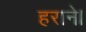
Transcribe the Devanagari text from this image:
हराने।